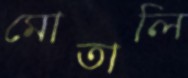
মোতালি